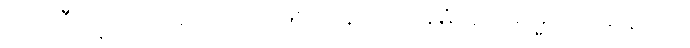
လာဘီ၊ ရသည်။ ဟောတိ၊ ဖြစ်သနည်း။ အဓိပညာဓမ္မဝိပဿနာယ၊